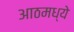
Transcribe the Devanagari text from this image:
आठमध्ये